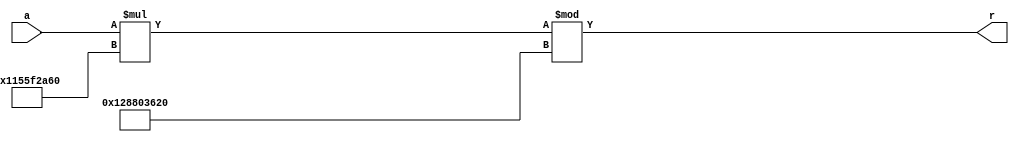
module mult_const_16_bit(
     a,
     r
    );

input [5:1] a;
output [33:1] r;

assign r = (a * 33'd4653525600)% 33'd4974458400;

endmodule